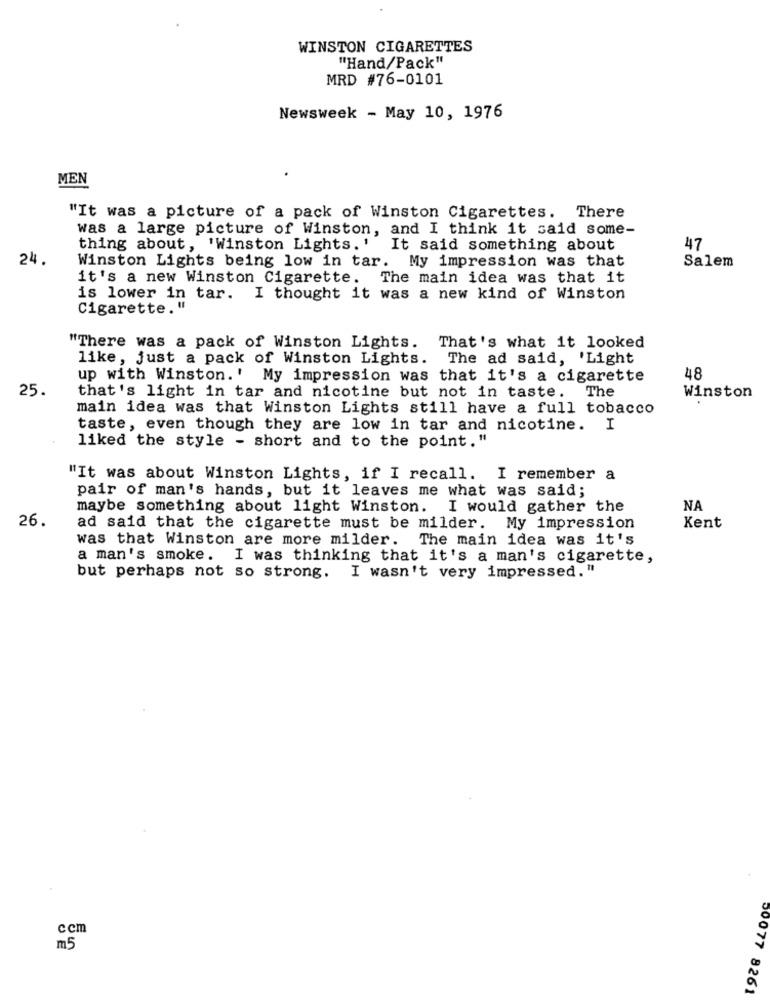
WINSTON CIGARETTES
"Hand/Pack"
MRD #76-0101
Newsweek - May 10, 1976
MEN
"It was a picture of a pack of Winston Cigarettes. There
was a large picture of Winston, and I think it said some-
thing about, 'Winston Lights.' It said something about
47
24.
Salem
Winston Lights being low in tar. My impression was that
it's a new Winston Cigarette. The main idea was that it
is lower in tar. I thought it was a new kind of Winston
Cigarette."
"There was a pack of Winston Lights. That's what it looked
like, just a pack of Winston Lights. The ad said, 'Light
up with Winston.' My impression was that it's a cigarette
48
25.
The
that's light in tar and nicotine but not in taste.
Winston
main idea was that Winston Lights still have a full tobacco
taste, even though they are low in tar and nicotine. I
liked the style - short and to the point."
"It was about Winston Lights, if I recall. I remember a
pair of man's hands, but it leaves me what was said;
maybe something about light Winston. I would gather the
NA
26
Kent
ad said that the cigarette must be milder. My impression
was that Winston are more milder. The main idea was it's
a man's smoke. I was thinking that it's a man's cigarette,
but perhaps not so strong. I wasn't very impressed."
ccm
m5
50077 8261